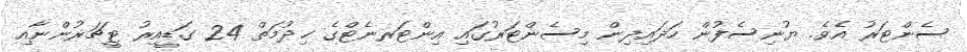
ސެންޓަރު އެވެ. ޔުނިސެފުން ހަދައިދިން މިސެންޓަރުގައި އިންޓަރނެޓްގެ ޚިދުމަތް 24 ގަޑީއިރު ޓީޗަރުންނާއި